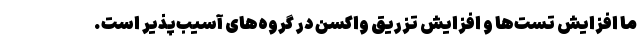
ما افزایش تست‌ها و افزایش تزریق واکسن در گروه‌های آسیب‌پذیر است.